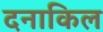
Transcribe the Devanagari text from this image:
दनाकिल